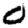
Digit: 0